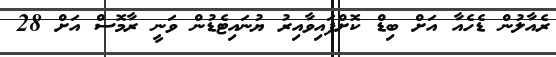
ރެއާލުން ޑެހެއާ އަށް ބިޑް ކޮށްފައިވާއިރު ޔުނައިޓެޑުން ވަނީ ރާމޮސް އަށް 28